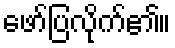
ဖော်ပြလိုက်၏။